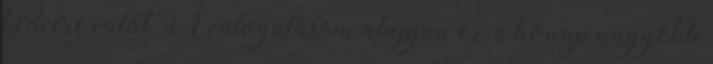
kedvére valót. A válogatásom alapján ez a hónap nagyobb